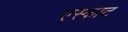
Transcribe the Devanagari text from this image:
एस्काट